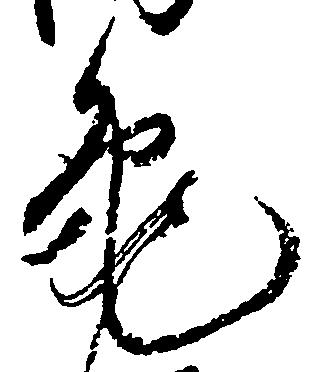
亀